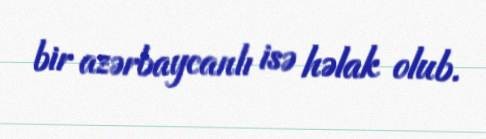
bir azərbaycanlı isə həlak olub.